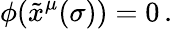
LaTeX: \phi(\tilde{x}^{\mu}(\sigma))=0\, .